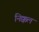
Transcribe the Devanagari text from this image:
निक्कल